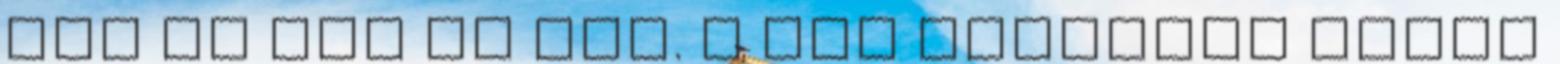
még ha fáj is még. S pár hosszúra nyúlt